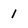
Character: 1